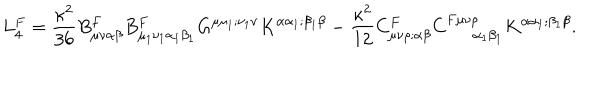
LaTeX: L _ { 4 } ^ { F } = \frac { \kappa ^ { 2 } } { 3 6 } B _ { \mu \nu \alpha \beta } ^ { F } B _ { \mu _ { 1 } \nu _ { 1 } \alpha _ { 1 } \beta _ { 1 } } ^ { F } G ^ { \mu \mu _ { 1 } ; \nu _ { 1 } \nu } K ^ { \alpha \alpha _ { 1 } ; \beta _ { 1 } \beta } - \frac { \kappa ^ { 2 } } { 1 2 } C _ { \mu \nu \rho ; \alpha \beta } ^ { F } C _ { \alpha _ { 1 } \beta _ { 1 } } ^ { F \mu \nu \rho } K ^ { \alpha \alpha _ { 1 } ; \beta _ { 1 } \beta } .